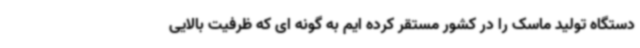
دستگاه تولید ماسک را در کشور مستقر کرده ایم به گونه ای که ظرفیت بالایی